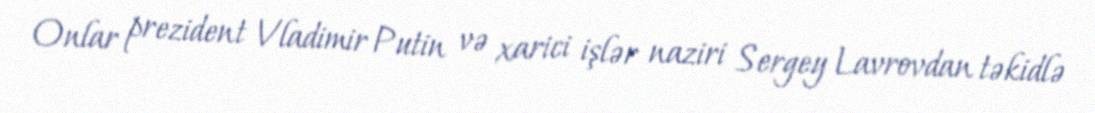
Onlar prezident Vladimir Putin və xarici işlər naziri Sergey Lavrovdan təkidlə